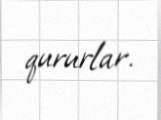
qururlar.